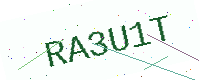
Text: RA3U1T